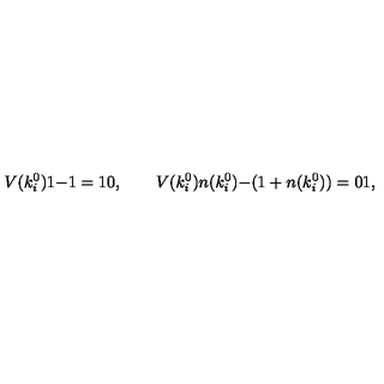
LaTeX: V ( k _ { i } ^ { 0 } ) { \binom { 1 } { - 1 } } = { \binom { 1 } { 0 } } , \qquad V ( k _ { i } ^ { 0 } ) { \binom { n ( k _ { i } ^ { 0 } ) } { - ( 1 + n ( k _ { i } ^ { 0 } ) ) } } = { \binom { 0 } { 1 } } ,